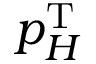
p _ { H } ^ { \mathrm { T } }